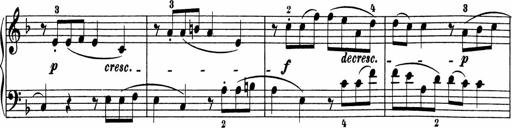
Title: 5 Sonatinen fÃ¼r die Jugend
Composer: Carl Reinecke